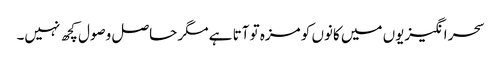
سحر انگیزیوں میں کانوں کو مزہ تو آتا ہے مگر حاصل وصول کچھ نہیں۔